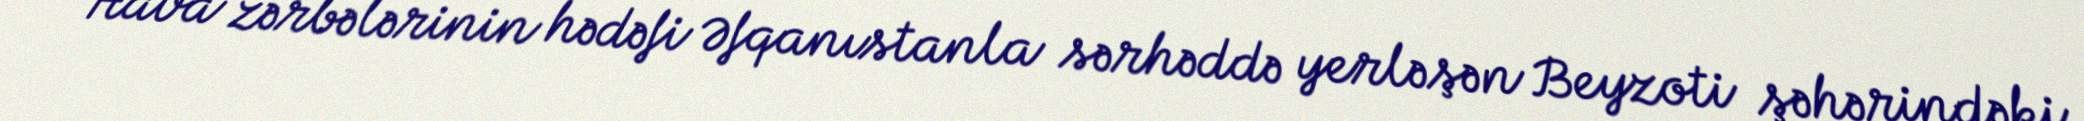
Hava zərbələrinin hədəfi Əfqanıstanla sərhəddə yerləşən Beyzoti şəhərindəki